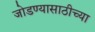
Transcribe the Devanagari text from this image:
जोडण्यासाठीच्या